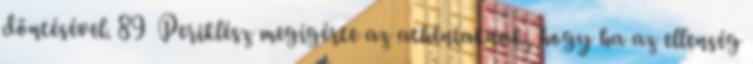
döntésével. 89 Periklész megígérte az athéniaknak, hogy ha az ellenség